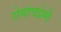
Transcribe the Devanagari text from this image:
रोमांचप्रेमी